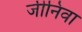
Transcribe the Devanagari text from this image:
जीनिवा